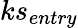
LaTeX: ks_{entry}